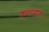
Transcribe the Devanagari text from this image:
शांताद्भाव